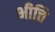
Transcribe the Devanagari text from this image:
भीत्ति